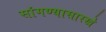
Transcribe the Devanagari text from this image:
सांगण्यासारखे